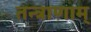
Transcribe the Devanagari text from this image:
तन्त्राणाम्